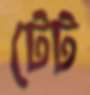
টেট